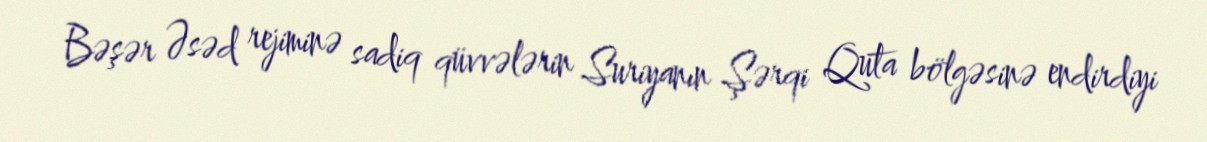
Bəşər Əsəd rejiminə sadiq qüvvələrin Suriyanın Şərqi Quta bölgəsinə endirdiyi